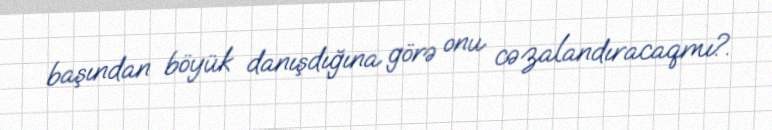
başından böyük danışdığına görə onu cəzalandıracaqmı?.